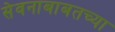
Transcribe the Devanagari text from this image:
सेवनाबाबतच्या